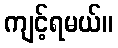
ကျင့်ရမယ်။